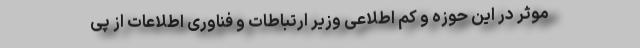
موثر در این حوزه و کم اطلاعی وزیر ارتباطات و فناوری اطلاعات از پی